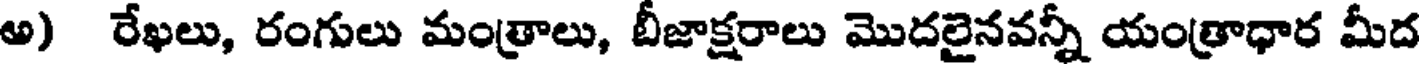
అ) రేఖలు, రంగులు మంత్రాలు, బీజాక్షరాలు మొదలైనవన్నీ యంత్రాధార మీద